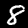
Label: 8